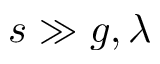
s \gg g , \lambda